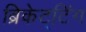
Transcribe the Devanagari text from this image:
ब्रिकेट्टिंग